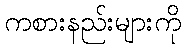
ကစားနည်းများကို